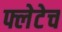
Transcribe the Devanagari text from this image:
फ्लेटेच